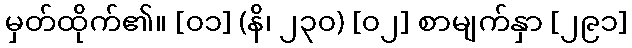
မှတ်ထိုက်၏။ [၀၁] (နိ၊ ၂၃၀) [၀၂] စာမျက်နှာ [၂၉၁]